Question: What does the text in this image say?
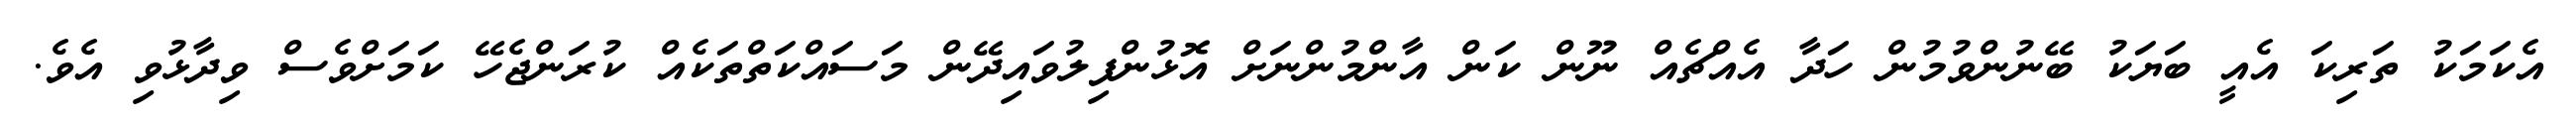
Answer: އެކަމަކު ތަރިކަ އެއީ ބަޔަކު ބޭނުންވުމުން ހަދާ އެއްޗެއް ނޫން ކަން އާންމުންނަށް އޮޅުންފިލުވައިދޭން މަސައްކަތްތަކެއް ކުރަންޖެހޭ ކަމަށްވެސް ވިދާޅުވި އެވެ.